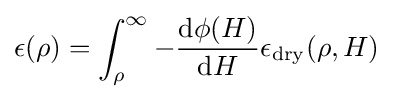
\epsilon (\rho )=\int _{\rho }^{\infty }-{\frac {{\rm {d}}\phi (H)}{{\rm {d}}H}}\epsilon _{\rm {dry}}(\rho ,H)